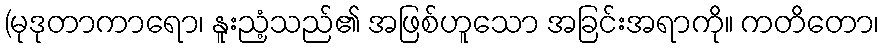
(မုဒုတာကာရော၊ နူးညံ့သည်၏ အဖြစ်ဟူသော အခြင်းအရာကို။ ကတိတော၊